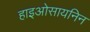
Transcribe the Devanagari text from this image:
हाइओसायनिन